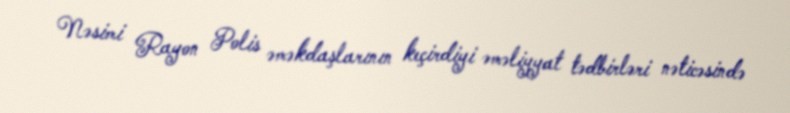
Nəsimi Rayon Polis əməkdaşlarının keçirdiyi əməliyyat tədbirləri nəticəsində